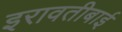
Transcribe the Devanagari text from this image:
इरावतीबाई